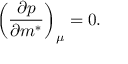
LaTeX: \left( \frac { \partial p } { \partial m ^ { * } } \right) _ { \mu } = 0 .